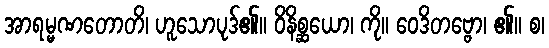
အာရမ္မဏတောတိ၊ ဟူသောပုဒ်၏။ ဝိနိစ္ဆယော၊ ကို။ ဝေဒိတဗ္ဗော၊ ၏။ စ၊